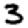
Digit: 3